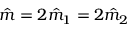
\hat { m } = 2 \hat { m } _ { 1 } = 2 \hat { m } _ { 2 }